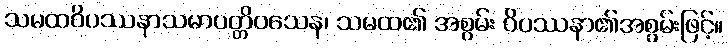
သမထဝိပဿနာသမာပတ္တိဝသေန၊ သမထ၏ အစွမ်း ဝိပဿနာ၏အစွမ်းဖြင့်။